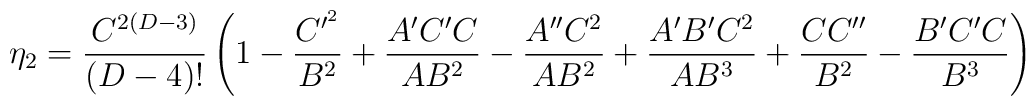
\eta_{2}={{C^{2 (D-3)}}\over {(D-4)!}} \left(1-{{C^{\prime^{2}}}\over {B^{2}}}+{{A^{\prime}C^{\prime}C}\over {A B^{2}}}-{{A^{\prime\prime}C^{2}}\over{AB^{2}}}+{{A^{\prime}B^{\prime}C^{2}}\over {AB^{3}}}+{{CC^{\prime\prime}}\over {B^{2}}}-{{B^{\prime}C^{\prime}C}\over {B^{3}}}\right)